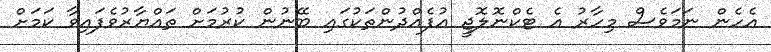
އެހެން ނަމަވެސް މިހާރު އެ ޓެކްނޮލޮޖީ އުފެއްދުންތަކުގައި ބޭނުން ކުރުމަށް ތައްޔާރުވެފައިވާ ކަމަށް